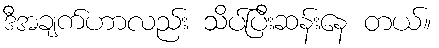
ဒီအချက်ဟာလည်း သိပ်ပြီးဆန်းနေ တယ်။